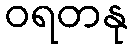
ဝရတနု